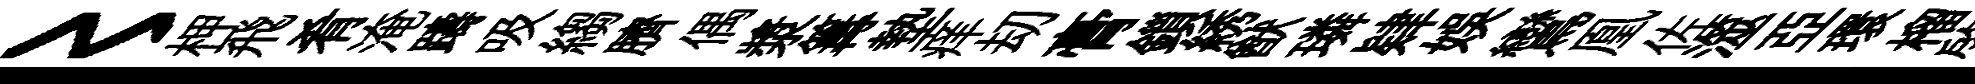
〻柙飛肴淹躊吸縐臍偶漿篝墊痒刧膏鎻綉猷璘肄娱鸞凰佐澨亞環榴綮